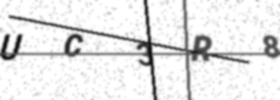
Text: UC3R8